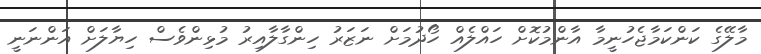
މާލޭގެ ކަންކަމާޖެހުނީމާ އާންމުކޮށް ހައްލެއް ހޯދުމަށް ނަޒަރު ހިންގާލާއިރު މުޅިންވެސް ހިޔާލަށް އަންނަނީ